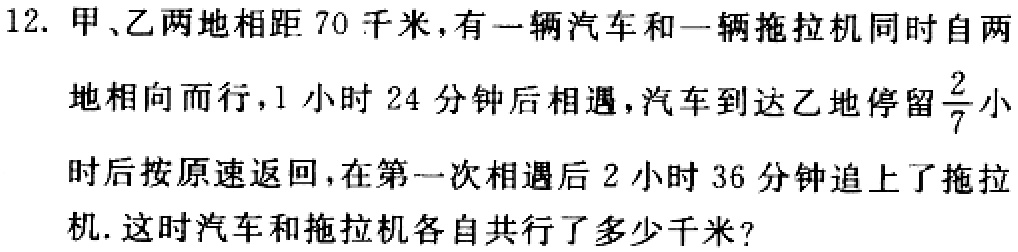
12. 甲、乙两地相距 70 千米，有一辆汽车和一辆拖拉机同时自两地相向而行，1 小时 24 分钟后相遇，汽车到达乙地停留$\frac{2}{7}$小时后按原速返回，在第一次相遇后 2 小时 36 分钟追上了拖拉机. 这时汽车和拖拉机各自共行了多少千米?